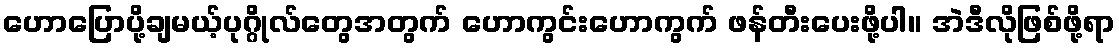
ဟောပြောပို့ချမယ့်ပုဂ္ဂိုလ်တွေအတွက် ဟောကွင်းဟောကွက် ဖန်တီးပေးဖို့ပါ။ အဲဒီလိုဖြစ်ဖို့ရာ